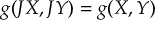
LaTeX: g ( J X , J Y ) = g ( X , Y )